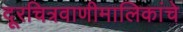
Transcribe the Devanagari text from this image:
दूरचित्रवाणीमालिकांचे